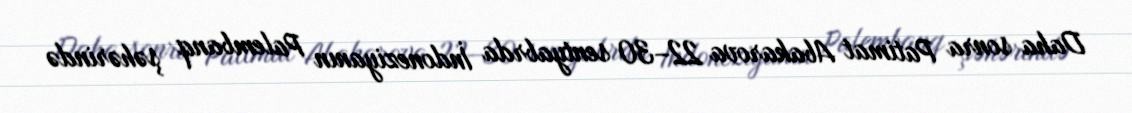
Daha sonra Patimat Abakarova 22–30 sentyabrda İndoneziyanın Palembanq şəhərində